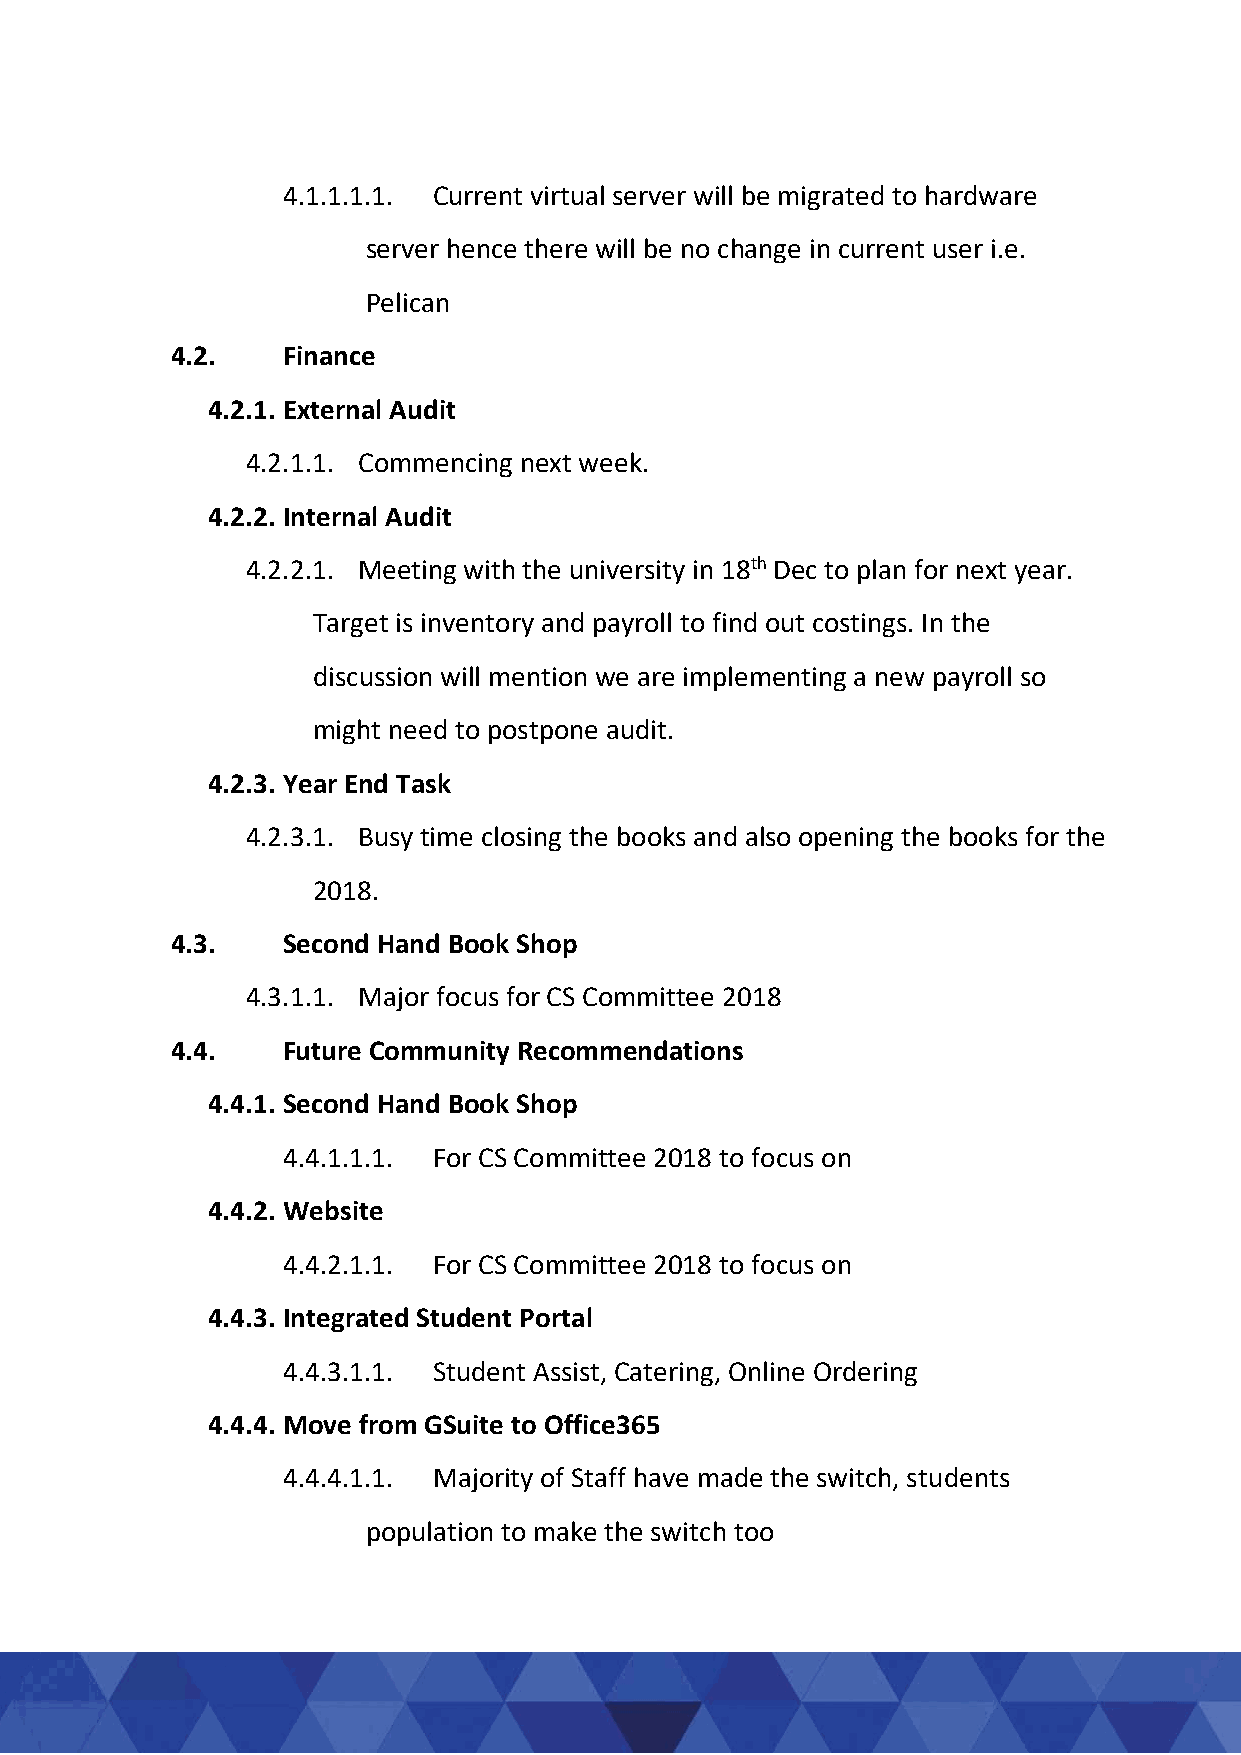
4.1.1.1.1. Current virtual server will be migrated to hardware
 server hence there will be no change in current user i.e.
 Pelican
 4.2.    Finance
 4.2.1. External Audit
 4.2.1.1. Commencing next week.
 4.2.2. Internal Audit
 4.2.2.1. Meeting with the university in 18th Dec to plan for next year.
 Target is inventory and payroll to find out costings. In the
 discussion will mention we are implementing a new payroll so
 might need to postpone audit.
 4.2.3. Year End Task
 4.2.3.1. Busy time closing the books and also opening the books for the
 2018.
 4.3.    Second Hand Book Shop
 4.3.1.1. Major focus for CS Committee 2018
 4.4.    Future Community Recommendations
 4.4.1. Second Hand Book Shop
 4.4.1.1.1. For CS Committee 2018 to focus on
 4.4.2. Website
 4.4.2.1.1. For CS Committee 2018 to focus on
 4.4.3. Integrated Student Portal
 4.4.3.1.1. Student Assist, Catering, Online Ordering
 4.4.4. Move from GSuite to Office365
 4.4.4.1.1. Majority of Staff have made the switch, students
 population to make the switch too